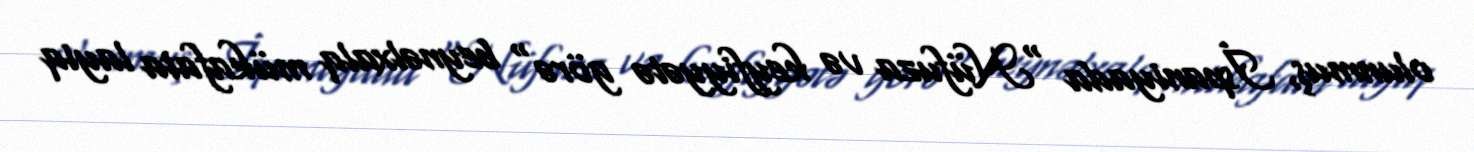
olunmuş, İspaniyada "Nüfuza və keyfiyyətə görə" beynəlxalq mükafata layiq